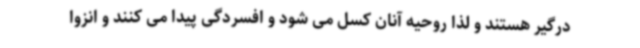
درگیر هستند و لذا روحیه آنان کسل می شود و افسردگی پیدا می کنند و انزوا